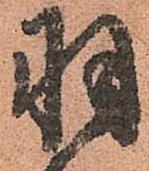
羽